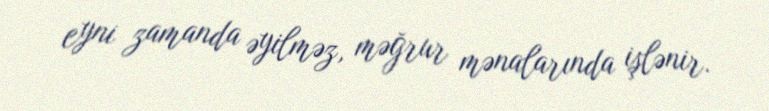
eyni zamanda əyilməz, məğrur mənalarında işlənir.